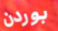
بوردن